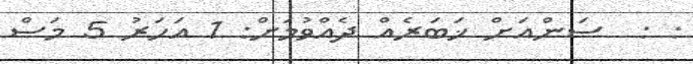
: :  ސަންއަށް ޚަބަރެއް ދެއްވުމަށް: 1 އަހަރު 5 މަސް